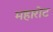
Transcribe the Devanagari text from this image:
महारोट